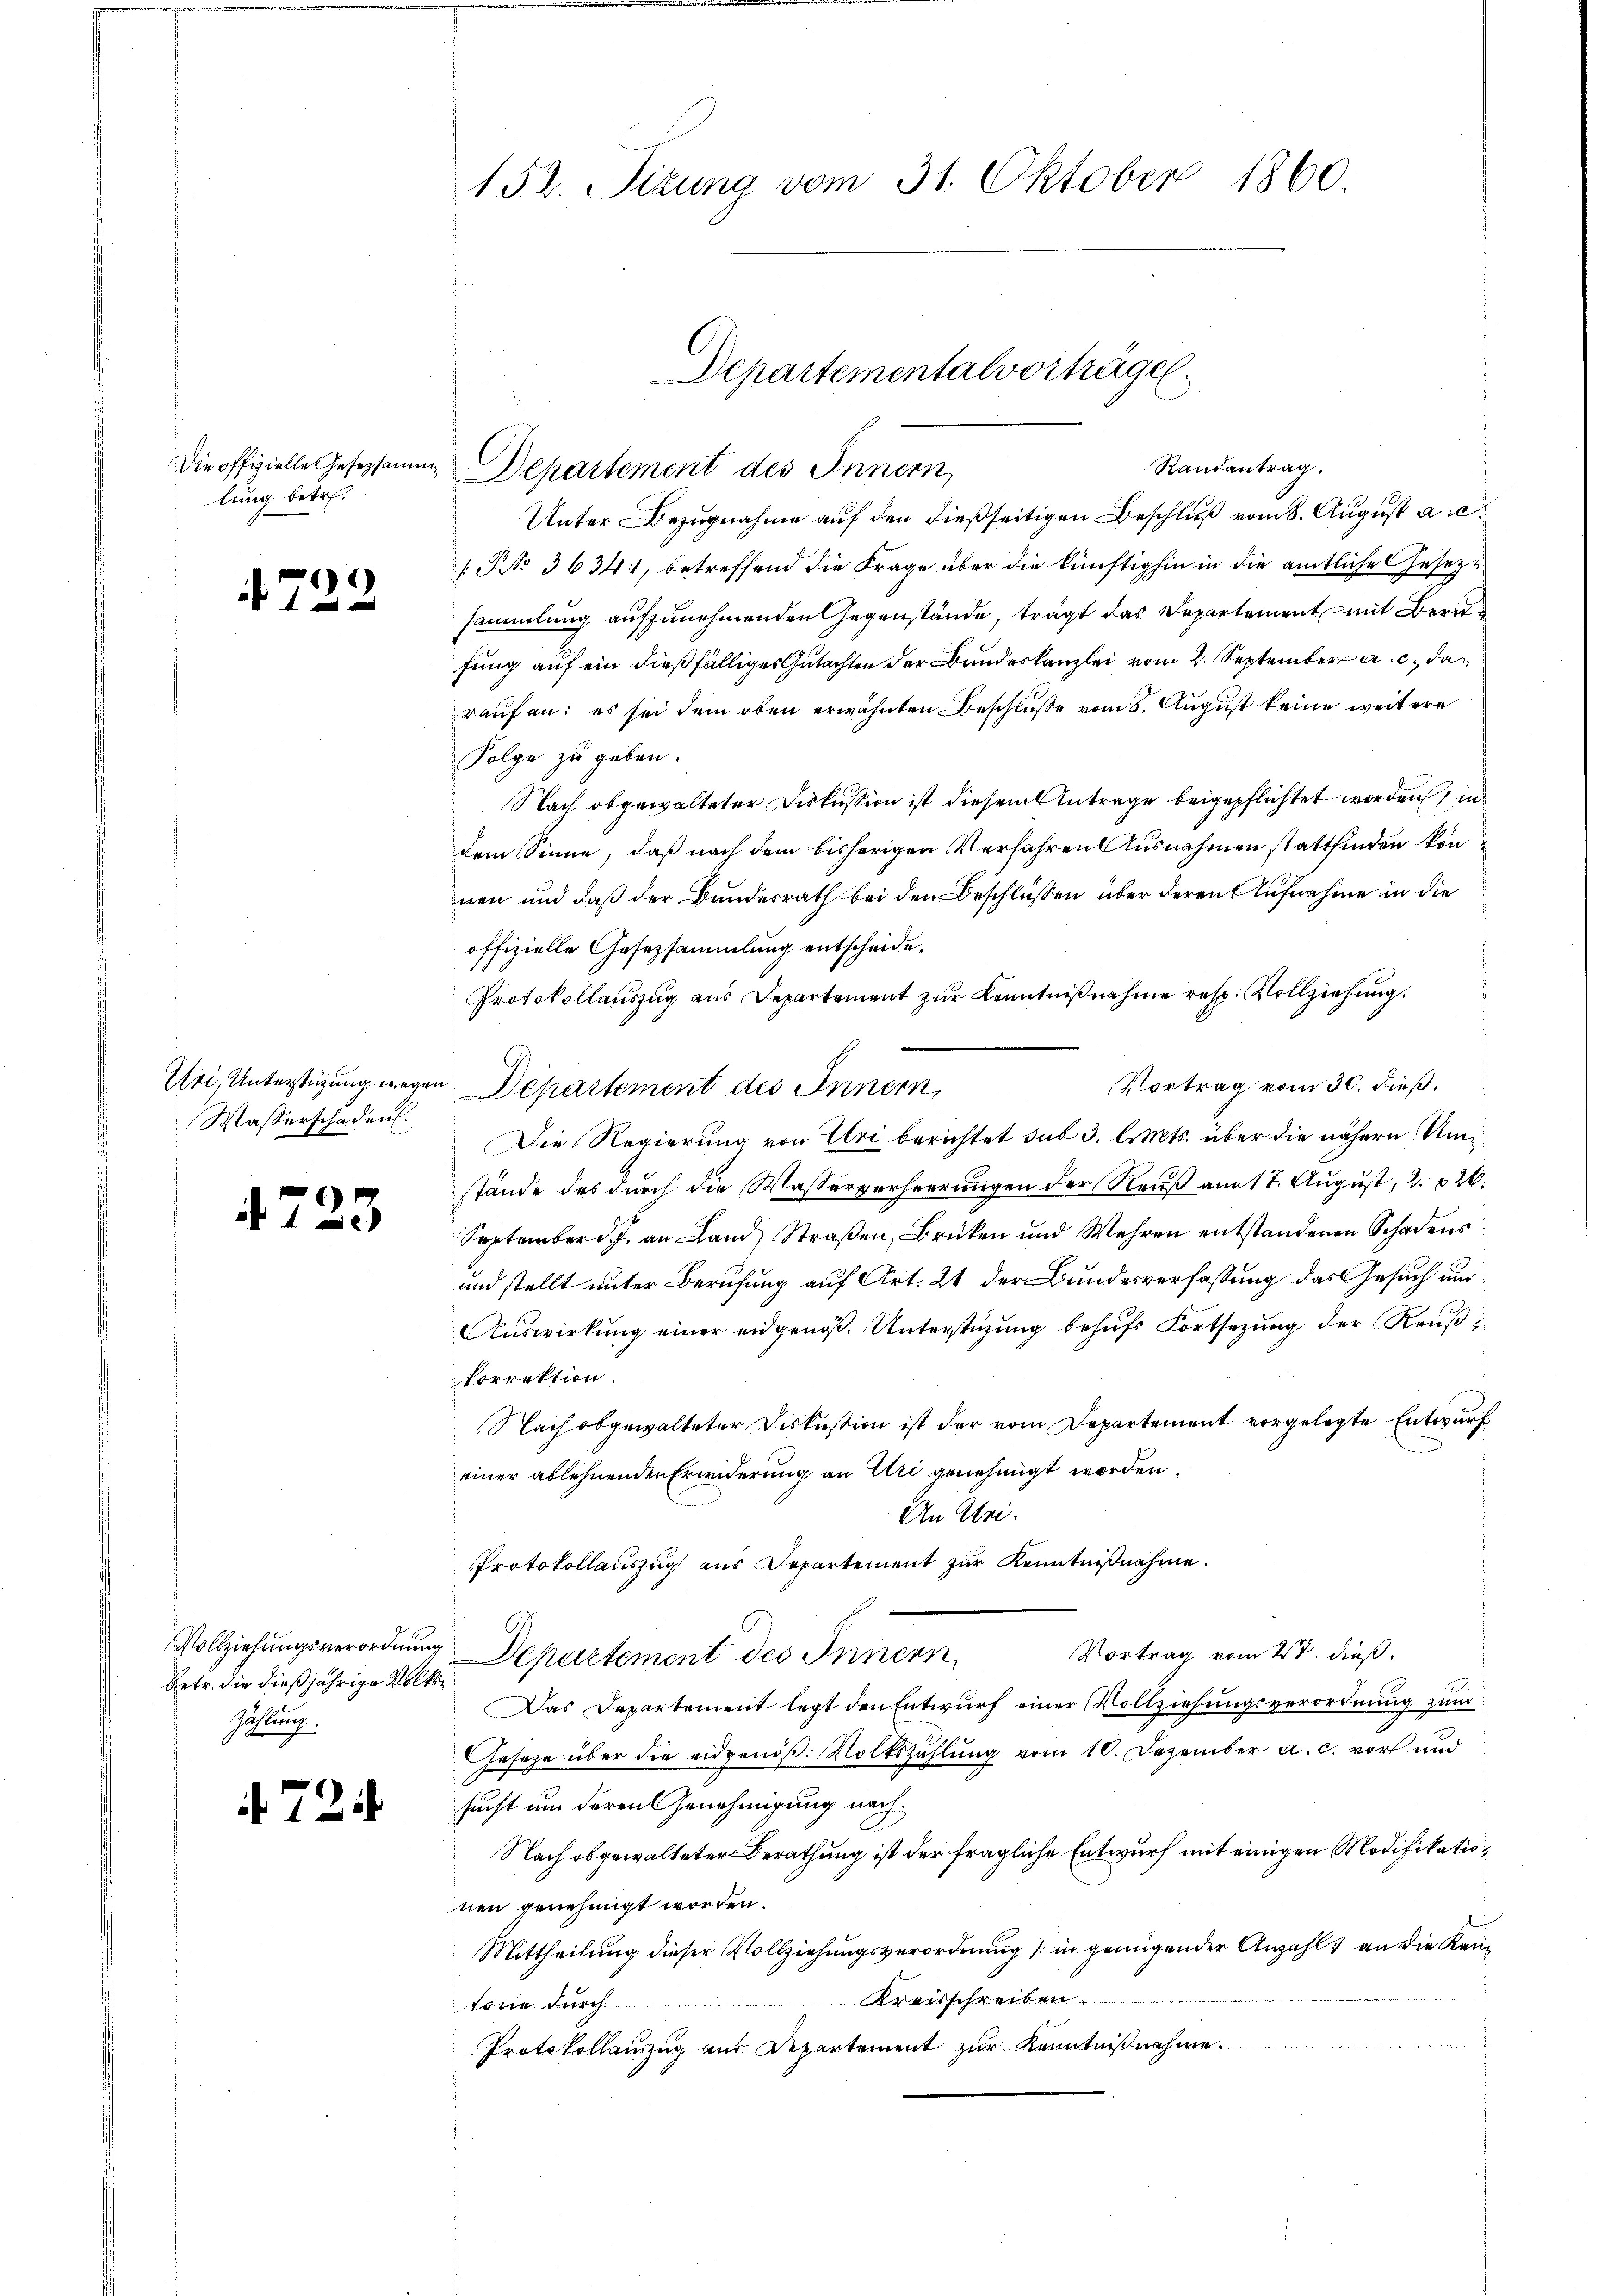
Die offizielle Gesetzsamm
lung betr.

4722

Efri, Unterstüzung wege
Wasserschaden.

4725

betr. die dießjährige Volke
Zählung.

724

152. Sizung vom 31. Oktober 1860

Departementalvortrage
Randantrag.
Departement des Innern,

Unter Bezugnahme auf den dießseitigen Beschluß vom 8. August acc
[ NNo. 3634, betreffend die Frage über die künftighin in die amtliche Gesezsammlung aufzunehmenden Gegenstände, trägt das Departement mit Bern
fung auf ein dießfälliges Gutachten der Bundeskanzlei vom 2. September a. c. da
rauf an: es sei dem oben erwähnten Beschluße vom 8. August keine weitere
Folge zu geben.
Nach abgewalteter Diskussion ist diesem Antrage beigepflichtet worden, in
dem Sinne, daß nach dem bisherigen Verfahren Ausnahmen stattfinden können und daß der Bundesrath bei den Beschlüssen über deren Aufnahme in die
offizielle Gesezsammlung entscheide.
Protokollauszug aus Departement zur Kenntnißnahme resp. Vollziehung.
Vortrag vom 30. dieß.
Département des Innern,
Die Regierung von Uri berichtet sub 3. l. Mts. über die nähern Umstände des durch die Wasserverheerungen der Reuß am 17. August, 2. 826.
September d. J. an Land Straβen, Brüken und Wehren entstandenen Schadens
und stellt unter Berufung auf Art. 21 der Bundesverfassung das Gesuch und
Auswirkung einer eidgenoß. Unterstüzung behufs Fortsezung der Reuß i
korrektion.
Nach obgewalteter Diskussion ist der vom Departement vorgelegte Entwurf
einer ablehnenden Erwiderung an Uri genehmigt worden.
An Mei¬
Protokollauszug aus Departement zur Kenntnißnahme.
Vollziehungsverordnung Departement des Innern
Vortrag vom 2t. dieß.
Das Departement legt den Entwurf einer Vollziehungsverordnung zum
Geseze über die eidgenöß. Volkszählung vom 10. Dezember a. c. vor und
sucht um deren Genehmigung nach
Nach obgewalteter Berathung ist der fragliche Entwurf mit einigen Modifikationen genehmigt worden.
Mittheilung dieser Vollziehungsverordnung in genügender Anzahl an die Kan¬
 Kreisschreiben.
tone durch
Protokollauszug aus Departement zur Kenntnißnahme